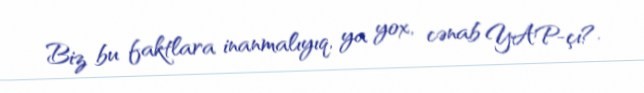
Biz bu faktlara inanmalıyıq, ya yox, cənab YAP-çı?.